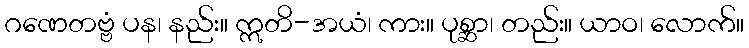
ဂဏေတဗ္ဗံ ပန၊ နည်း။ ဣတိ-အယံ၊ ကား။ ပုစ္ဆာ၊ တည်း။ ယာဝ၊ လောက်။